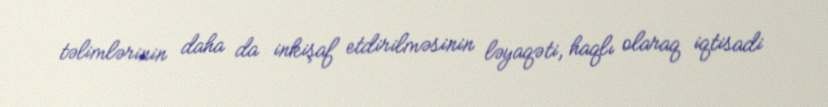
təlimlərinin daha da inkişaf etdirilməsinin ləyaqəti, haqlı olaraq iqtisadi